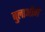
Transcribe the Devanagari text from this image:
बुलाओंगे